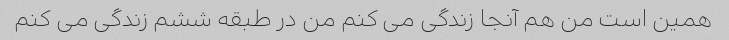
همین است من هم آنجا زندگی می کنم من در طبقه ششم زندگی می کنم